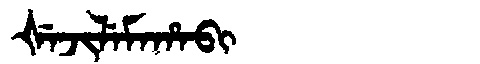
Manchu: ᡧᡝᠵᡳᠯᡝᠮᠠᡥᠠᠪᡳ
Romanization: ŠEJILEMAHABI